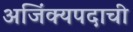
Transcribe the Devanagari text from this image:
अजिंक्यपदाची